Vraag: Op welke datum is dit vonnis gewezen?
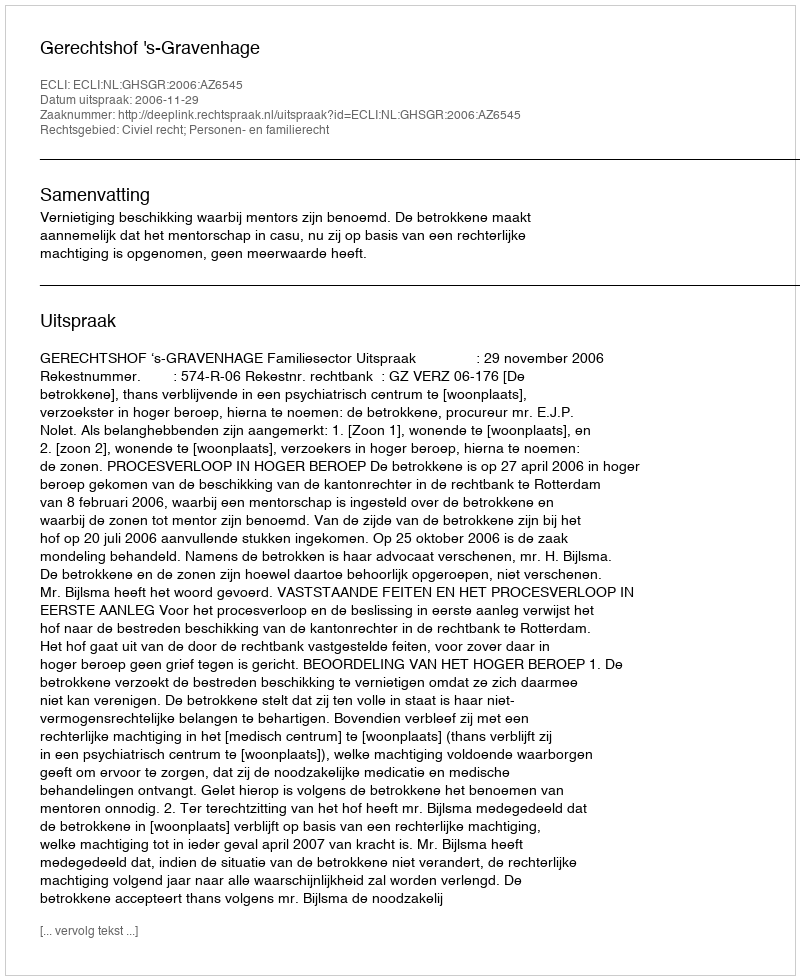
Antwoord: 2006-11-29